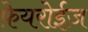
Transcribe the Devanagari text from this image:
फ़ेयरोईज़